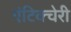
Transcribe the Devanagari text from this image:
एंटिक्चेरी